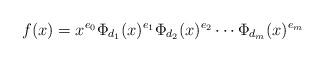
LaTeX: \begin{align*} f(x) = x^{e_{0}}\Phi_{d_{1}}(x)^{e_{1}} \Phi_{d_{2}}(x)^{e_{2}} \cdots \Phi_{d_{m}}(x)^{e_{m}}\end{align*}